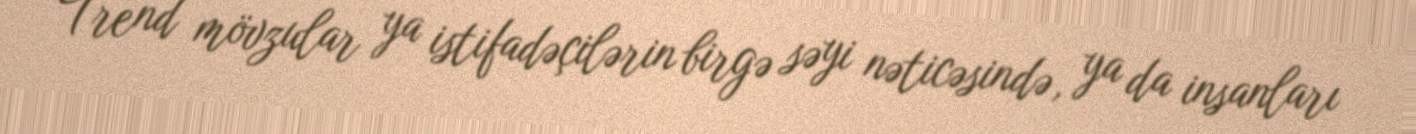
Trend mövzular ya istifadəçilərin birgə səyi nəticəsində, ya da insanları